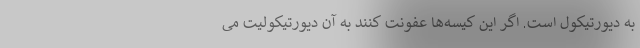
به دیورتیکول است. اگر این کیسه‌ها عفونت کنند به آن دیورتیکولیت می